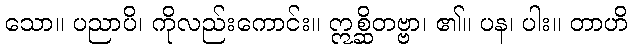
သော။ ပညာပိ၊ ကိုလည်းကောင်း။ ဣစ္ဆိတဗ္ဗာ၊ ၏။ ပန၊ ပါး။ တာဟိ